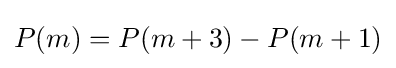
P(m)=P(m+3)-P(m+1)